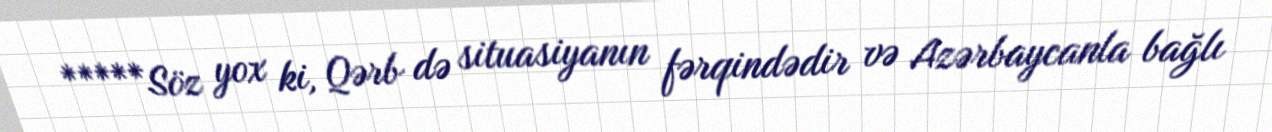
*****Söz yox ki, Qərb də situasiyanın fərqindədir və Azərbaycanla bağlı